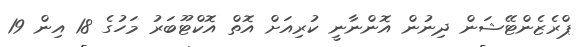
ޕްރެޒެންޓޭޝަން ދިނުން އޮންނާނީ ކުރިއަށް އޮތް އޮކްޓޫބަރު މަހުގެ 18 އިން 19